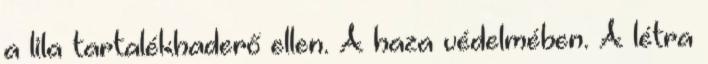
a lila tartalékhaderő ellen. A haza védelmében. A létra